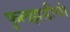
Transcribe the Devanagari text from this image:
फुलझडीयां